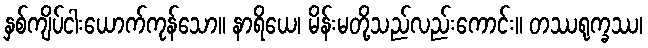
နှစ်ကျိပ်ငါးယောက်ကုန်သော။ နာရိယေ၊ မိန်းမတို့သည်လည်းကောင်း။ တဿရုက္ခဿ၊